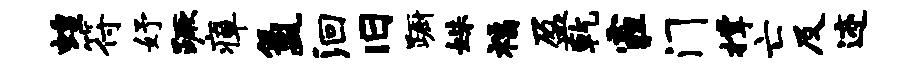
蝗符妤蹶瘴氲洄旧蹰姝福盈乾霾门撑亡及迹